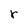
Character: r